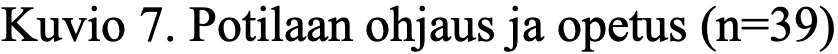
Kuvio 7. Potilaan ohjaus ja opetus (n=39)